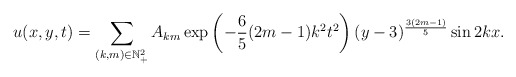
\begin{align*} u(x,y,t)=\sum\limits_{(k,m)\in \mathbb{N}^2_+}A_{km}\exp\left(-\frac{6}{5}(2m-1) k^2 t^2\right)(y-3)^{\frac{3(2m-1)}{5}}\sin 2kx. \end{align*}